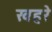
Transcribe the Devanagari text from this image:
खहरे